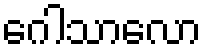
ဂေါသာလော